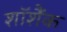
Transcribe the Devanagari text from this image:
शॉशैंक